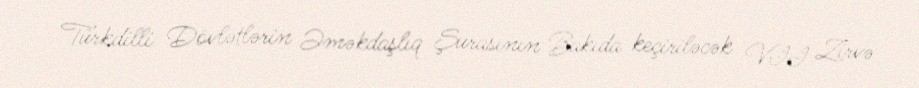
Türkdilli Dövlətlərin Əməkdaşlıq Şurasının Bakıda keçiriləcək VII Zirvə